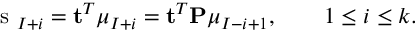
\mathrm { ~ s ~ } _ { I + i } = \mathbf { t } ^ { T } \boldsymbol { \mu } _ { I + i } = \mathbf { t } ^ { T } \mathbf { P } \boldsymbol { \mu } _ { I - i + 1 } , \qquad 1 \leq i \leq k .